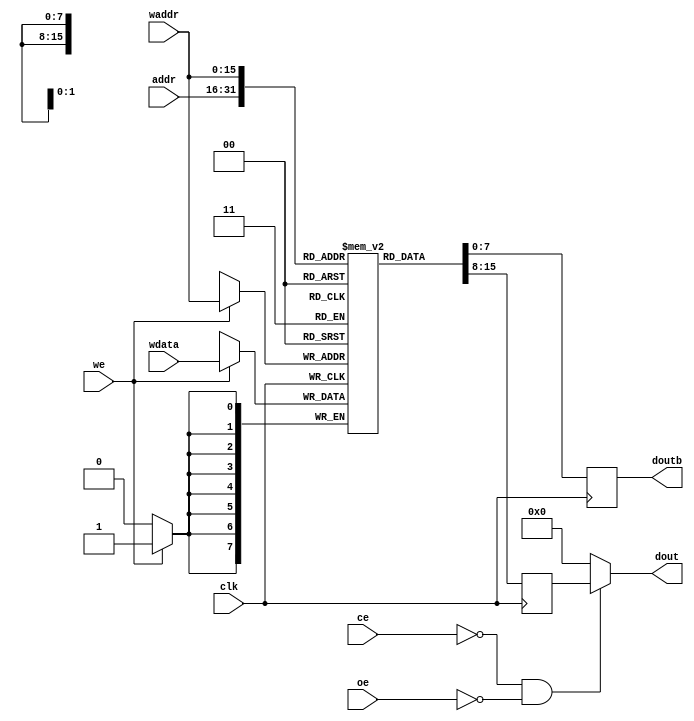

module dpram #(parameter addr_width=16, parameter data_width=8) (
  input clk,
  input [addr_width-1:0] addr,
  output [data_width-1:0] dout,
  input ce,
  input oe,

  input we,
  input [addr_width-1:0] waddr,
  input [data_width-1:0] wdata,
  output reg [data_width-1:0] doutb
);

reg [data_width-1:0] d;
reg [data_width-1:0] memory[(1<<addr_width)-1:0];

assign dout = ~ce & ~oe ? d : {data_width{1'b0}};

always @(posedge clk)
  d <= memory[addr];
  //if (~ce & ~oe) dout <= memory[addr];
  //else dout <= 0;

always @(posedge clk) begin
  if (we) memory[waddr] <= wdata;
  doutb <= memory[waddr];
end

endmodule